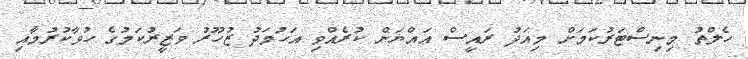
ހެލްތު މިނިސްޓަރުކަމަށް މިއަދު ރައީސް އައްޔަން ކުރެއްވި އަހުމަދު ޒުހޫރު ވަޒީރުކަމުގެ ހުވާކުރުމާއި